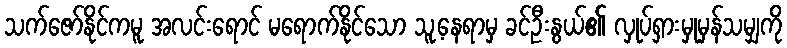
သက်ဇော်နိုင်ကမူ အလင်းရောင် မရောက်နိုင်သော သူ့နေရာမှ ခင်ဦးနွယ်၏ လှုပ်ရှားမှုမှန်သမျှကို